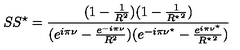
S S ^ { \star } = \frac { ( 1 - \frac { 1 } { R ^ { 2 } } ) ( 1 - \frac { 1 } { { R ^ { \star } } ^ { 2 } } ) } { ( e ^ { i \pi \nu } - \frac { e ^ { - i \pi \nu } } { R ^ { 2 } } ) ( e ^ { - i \pi \nu ^ { \star } } - \frac { e ^ { i \pi \nu ^ { \star } } } { { R ^ { \star } } ^ { 2 } } ) }